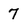
Character: 7